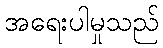
အရေးပါမှုသည်